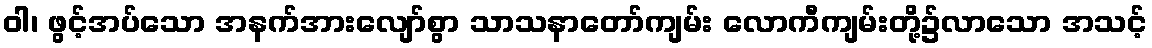
ဝါ၊ ဖွင့်အပ်သော အနက်အားလျော်စွာ သာသနာတော်ကျမ်း လောကီကျမ်းတို့၌လာသော အသင့်